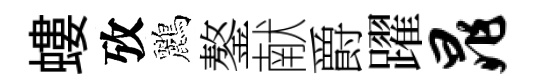
螻攷鸝鏊献爵躍晁